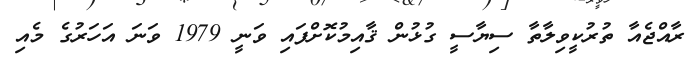
ރާއްޖެއާ ތުރުކީވިލާތާ ސިޔާސީ ގުޅުން ޤާއިމުކޮށްފައި ވަނީ 1979 ވަނަ އަހަރުގެ މެއި